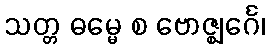
သတ္တ ဓမ္မေ စ ဗောဇ္ဈင်္ဂေ၊